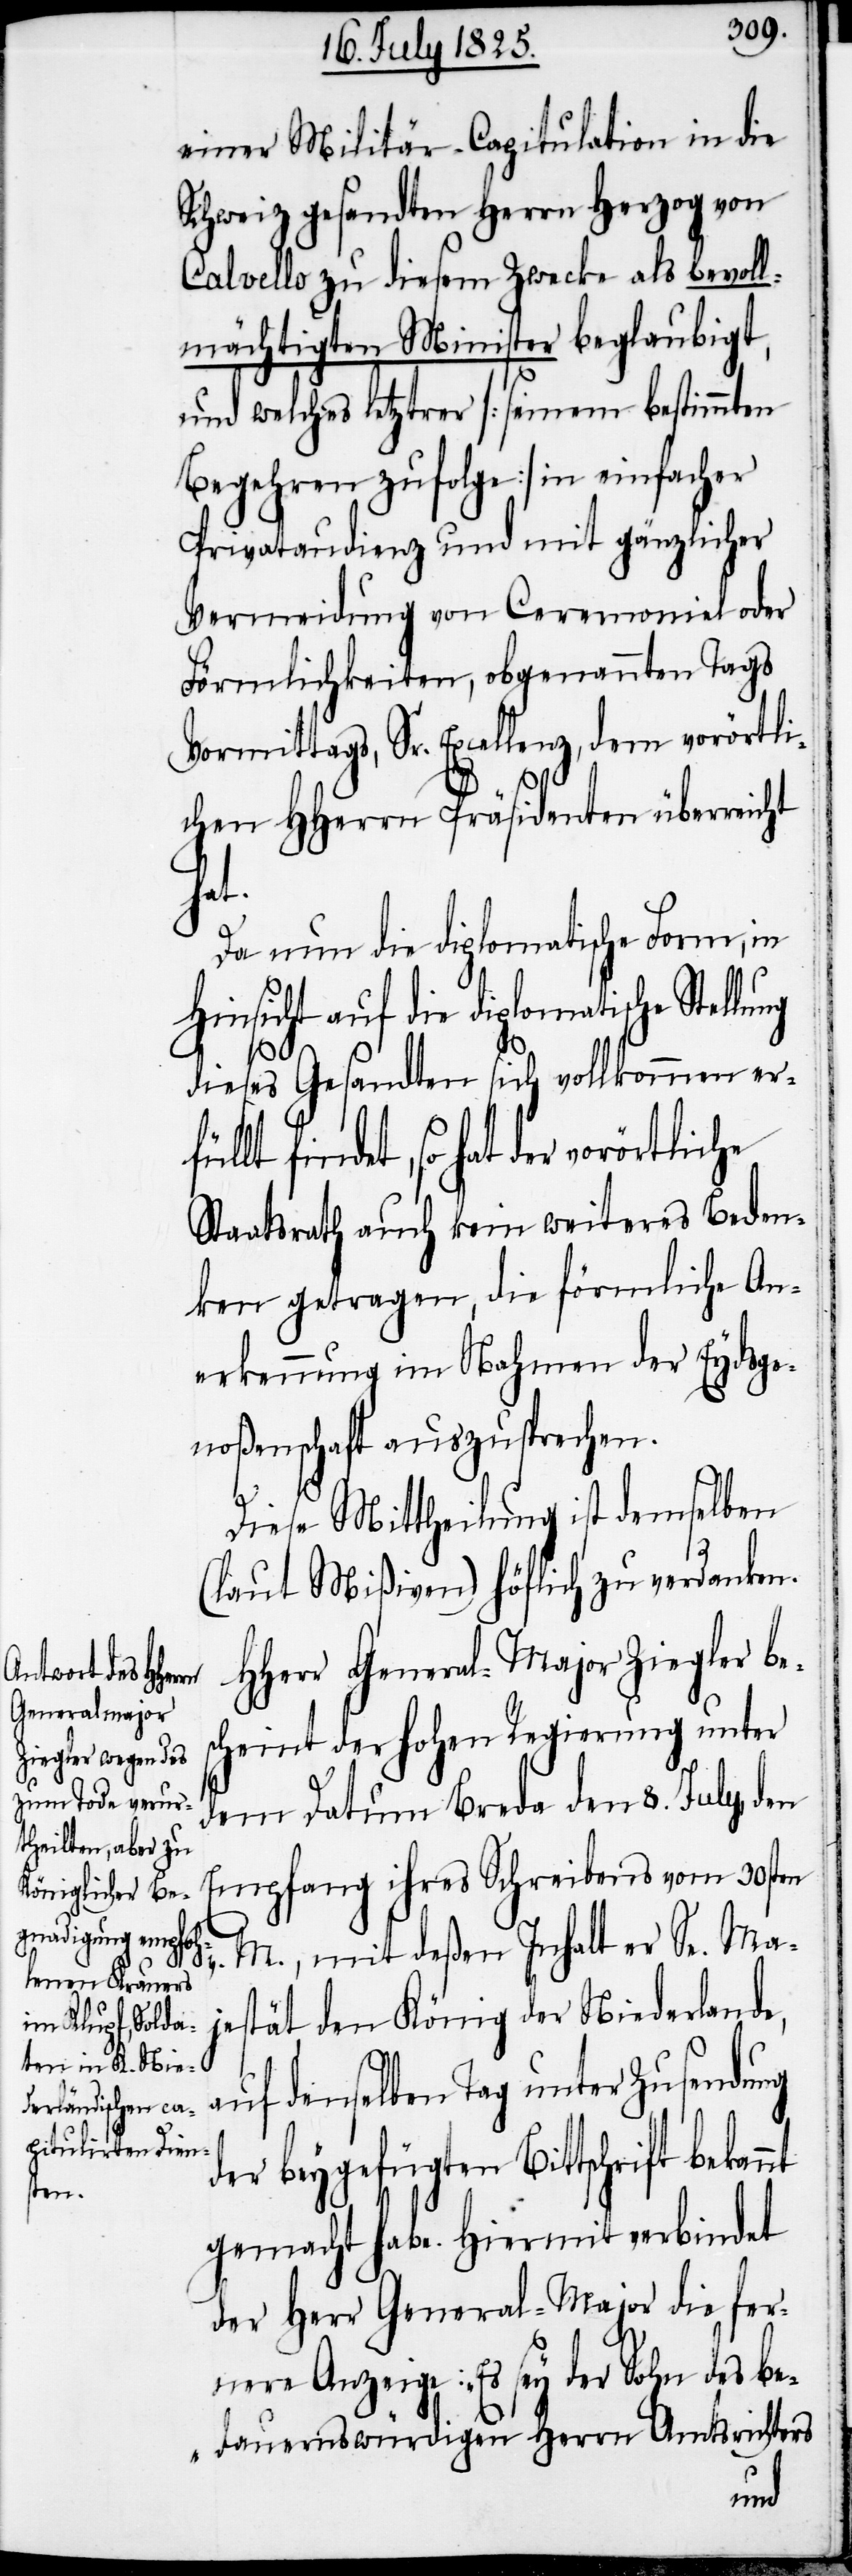
einer Militär-Capitulation in die
Schweiz gesandten Herrn Herzog von
Calvello zu diesem Zwecke als bevoll¬
mächtigten Minister beglaubigt,
und welches letztrer [seinem bestimmten
Begehren zufolge] in einfacher
Privataudienz und mit gänzlicher
Vermeidung von Ceremoniel der
Förmlichkeiten, obgenannten Tags
Vormittags, Sr. Excellenz, dem vorörtli¬
nt
chen HHerrn Präsidenten überreicht
fül¬
Da nun die diplomatische Form, in
Hinsicht auf die diplomatische Stell¬
dieses Gesandten sich vollkommen er¬
findet, so hat der vorörtliche
Staatsrath auch kein weiteres Beden¬
ken getragen, die förmliche An¬
erkennung im Nahmen der Eydsge¬
noßenschaft auszusprechen.
Diese Mittheilung ist demselben
(lt. Mißiven) höflich zu verdanken.
HHerr General-Major Ziegler bes¬
cheint der hohen Regierung unter
dem Datum Breda den 8. July den
Empfang ihres Schreibens vom 30sten
M., mit deßen Inhalt er Se. Maj¬
estät, den König der Niederlande,
auf denselben Tag unter Zusendung
der beygefügten Bittschrift bekan¬
gemacht habe. Hiermit verbindet
der Herr General-Major die fer¬
nere Anzeige: „Es sey der Sohn des be¬
dauernswürdigen Herrn Amtsrichters
ung